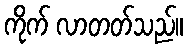
ကိုက် လာတတ်သည်။